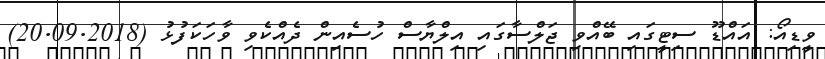
ވީޑިއޯ: އައްޑޫ ސިޓީގައި ބޭއްވި ޖަލްސާގައި އިލްޔާސް ހުސެއިން ދެއްކެވި ވާހަކަފުޅު (20.09.2018)